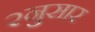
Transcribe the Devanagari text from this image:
२नुसार